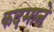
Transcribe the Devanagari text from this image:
कदमाने